Civil Veterinary Department Bihar reports 1936-40 - 1936-1940
Year: 1936
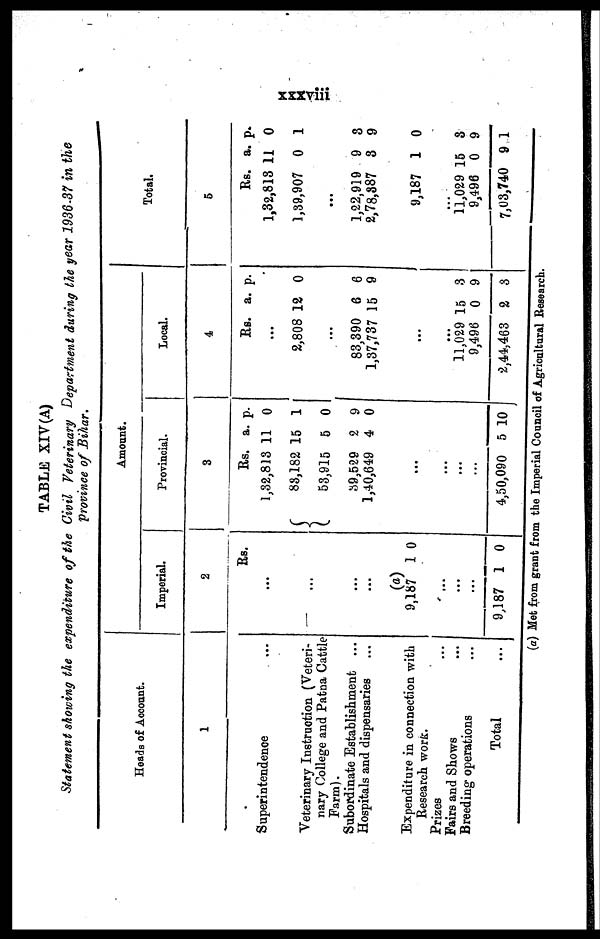
xxxviii
TABLE XIV(A)
Statement showing the expenditure of the Civil Veterinary Department during the year 1936-37 in the
province of Bihar.
Heads of Account.
1
Superintendence …
Veterinary Instruction (Veteri-
nary College and Patna Cattle
Farm).
Subordinate Establishment ...
Hospitals and dispensaries
Expenditure in connection with
Research work.
Prizes …
Fairs and Shows …
Breeding operations …
Total …
Amo
unt.
Imperia
l.
2
...
...
...
(a)
9,187
…
...
...
9,187
Rs
1
1
.
0
0
Provincia
l.
3
Rs.
1,32,813
88,182
53,915
39,529
1,40,649
...
…
...
...
4,50,090
a.
11
15
5
2
4
5 1
p.
0
1
0
9
0
0
Local.
4
Rs.
...
2,808
...
83,390
1,37,737
...
…
11,029
9,496
2,44,463
a.
12
6
15
15
0
2
p.
0
6
9
3
9
3
Total.
5
Rs.
1,32,813
1,39,907
...
1,22,919
2,78,887
9,187
…
11,029
9,496
7,03,740
a.
11
0
9
3
1
15
0
9
p.
0
1
3
9
0
3
9
1
(a) Met from grant from the Imperial Council of Agricultural Research.